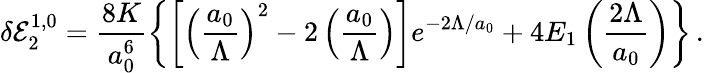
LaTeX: \delta{\cal E}_{2}^{1,0}=\frac{8K}{a_{0}^{6}}\left\{ \left[\left(\frac{a_{0}}{\Lambda}\right)^{2}-2\left(\frac{a_{0}}{\Lambda}\right)\right]e^{-2\Lambda/a_{0}}+4E_{1}\left(\frac{2\Lambda}{a_{0}}\right)\right\} \, {.}